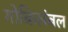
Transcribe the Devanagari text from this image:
गोकिलंबल